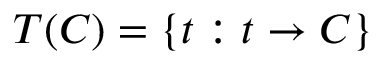
T ( C ) = \{ t : t \to C \}